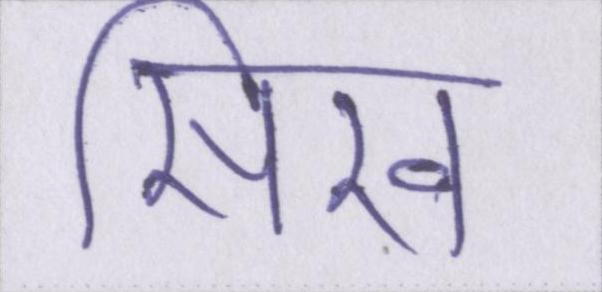
सिख